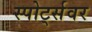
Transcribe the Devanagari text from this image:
स्पोर्ट्सवर